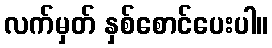
လက်မှတ် နှစ်စောင်ပေးပါ။